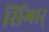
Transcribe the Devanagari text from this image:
सिंगार्